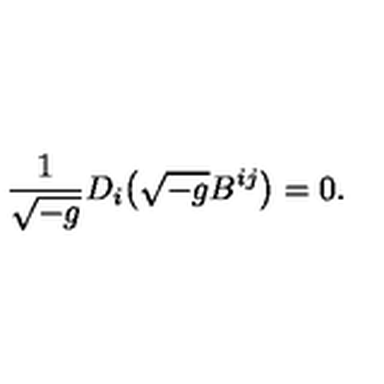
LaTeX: \frac { 1 } { \sqrt { - g } } D _ { i } \bigl ( \sqrt { - g } B ^ { i j } \bigr ) = 0 .